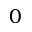
0